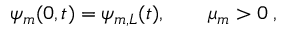
\psi _ { m } ( 0 , t ) = \psi _ { m , L } ( t ) , \qquad \mu _ { m } > 0 \; ,